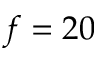
f = 2 0